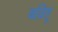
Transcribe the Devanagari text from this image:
बढ़िहू